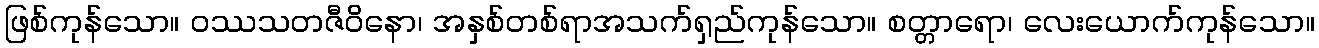
ဖြစ်ကုန်သော။ ဝဿသတဇီဝိနော၊ အနှစ်တစ်ရာအသက်ရှည်ကုန်သော။ စတ္တာရော၊ လေးယောက်ကုန်သော။